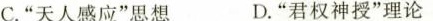
C.”天人感应”思想 D.”君权神授”理论